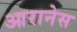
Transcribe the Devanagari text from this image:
आरानेस